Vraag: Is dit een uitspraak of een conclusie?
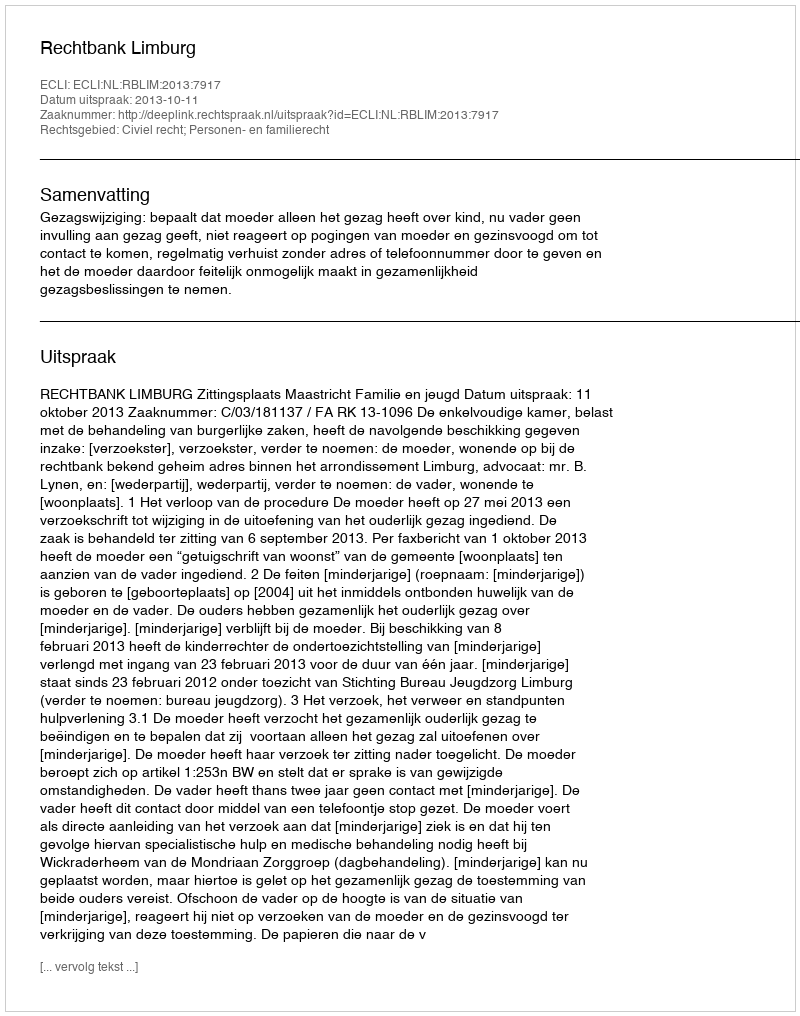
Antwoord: Uitspraak